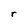
Character: r